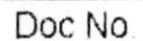
DOC NO